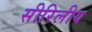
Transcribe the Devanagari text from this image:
सीरिलीय